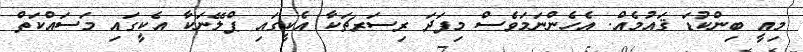
މިއީ ބިންކުޑަ ޤައުމެއް. އެހެންނަމަވެސް މިފަދަ ރިސަރޗަކާ އެކީގައި ޕްލޭނަކާ އެކީގައި މަސައްކަތް